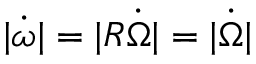
| \dot { \boldsymbol { \omega } } | = | R \dot { \boldsymbol { \Omega } } | = | \dot { \boldsymbol { \Omega } } |